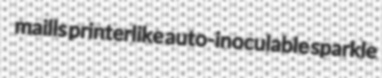
maills printerlike auto-inoculable sparkle